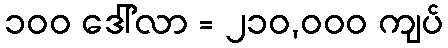
၁၀၀ ဒေါ်လာ = ၂၁၀,၀၀၀ ကျပ်